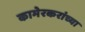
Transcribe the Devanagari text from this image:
कामेरकरांच्या